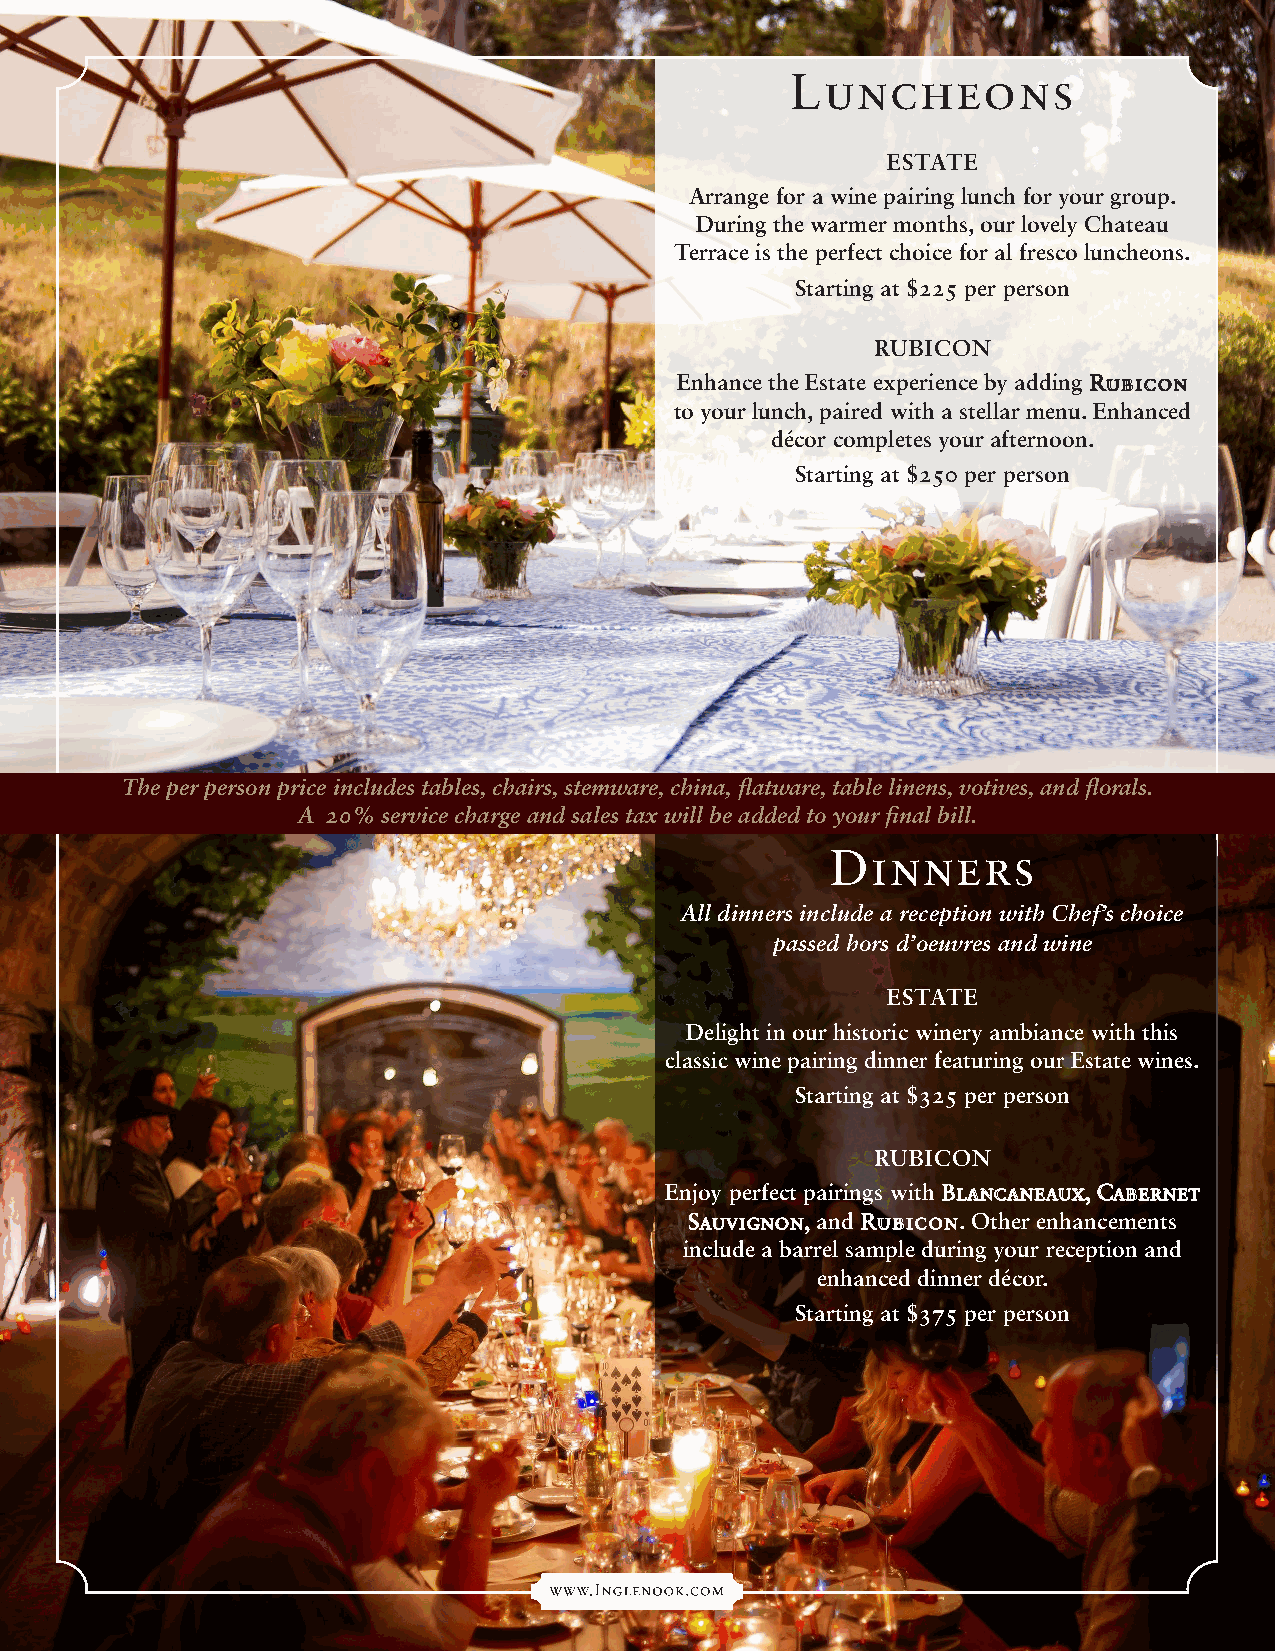
Luncheons
 ESTATE
 Arrange for a wine pairing lunch for your group.
 During the warmer months, our lovely Chateau
 Terrace is the perfect choice for al fresco luncheons.
 Starting at $225 per person
 RUBICON
 Enhance the Estate experience by adding RRuubbiiccoonn
 to your lunch, paired with a stellar menu. Enhanced
 décor completes your afternoon.
 Starting at $250 per person
 The per person price includes tables, chairs, stemware, china, flatware, table linens, votives, and florals.
 A 20% service charge and sales tax will be added to your final bill.
 Dinners
 All dinners include a reception with Chef’s choice
 passed hors d’oeuvres and wine
 ESTATE
 Delight in our historic winery ambiance with this
 classic wine pairing dinner featuring our Estate wines.
 Starting at $325 per person
 RUBICON
 Enjoy perfect pairings with BBllaannccaanneeaauuxx,, CCaabbeerrnneett
 SSaauuvviiggnnoonn,, and RRuubbiiccoonn. Other enhancements
 include a barrel sample during your reception and
 enhanced dinner décor.
 Starting at $375 per person